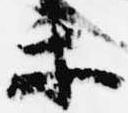
楽